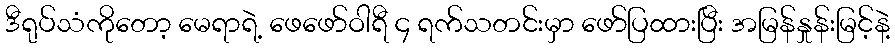
ဒီရုပ်သံကိုတော့ မေရာရဲ့ ဖေဖော်ဝါရီ ၄ ရက်သတင်းမှာ ဖော်ပြထားပြီး အမြန်နှုန်းမြင့်နဲ့